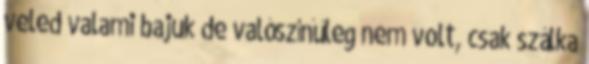
veled valami bajuk de valószínűleg nem volt, csak szálka